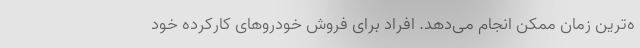
ه‌ترین زمان ممکن انجام می‌دهد. افراد برای فروش خودروهای کارکرده خود